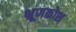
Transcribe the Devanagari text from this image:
भ्रूणकोश